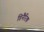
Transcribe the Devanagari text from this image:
डिनैरिक